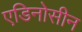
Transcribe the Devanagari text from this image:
एडिनोसीन